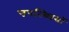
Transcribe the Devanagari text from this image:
उपल्ब्धियों